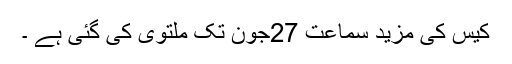
کیس کی مزید سماعت 27جون تک ملتوی کی گئی ہے ۔